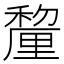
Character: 𮃱